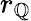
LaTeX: r_{\mathbb{Q}}